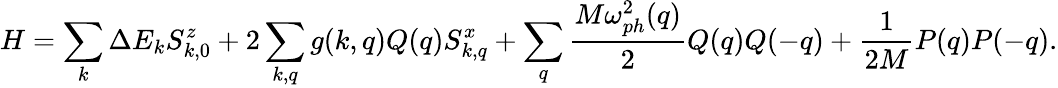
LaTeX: H=\sum_{k}\Delta E_{k}S_{k,0}^{z}+2\sum_{k,q}g(k,q)Q(q)S_{k,q}^{x}+\sum_{q}\frac{M\omega_{ph}^{2}(q)}{2}Q(q)Q(-q)+\frac{1}{2M}P(q)P(-q).